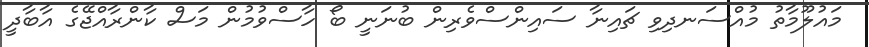
މައުލޫމާތު މުއްސަނދިވި ޗައިނާ ސައިންސްވެރިން ބުނަނީ ބޯ ހާސްވުމުން މަސް ކާންރާއްޖޭގެ އާބާދީ